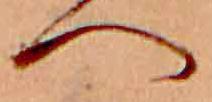
へ